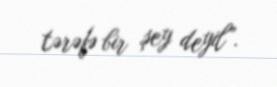
tərəfə bir şey deyil”.